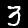
Label: 3